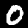
Digit: 0